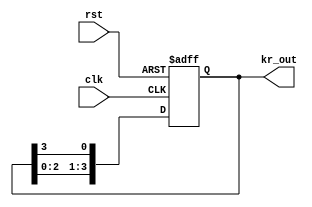
module kr_scan(clk,rst,kr_out);
	input clk,rst;
	output reg[3:0] kr_out;
	
	always@(posedge clk or posedge rst)begin
		if(rst)
			kr_out = 4'b1110;
		else
			kr_out={kr_out[2:0],kr_out[3]};
	end
endmodule